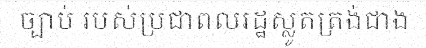
ច្បាប់ របស់ប្រជាពលរដ្ឋស្លូតត្រង់ជាង